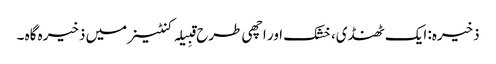
ذخیرہ: ایک ٹھنڈی، خشک اور اچھی طرح قبِیلہ کنٹینر میں ذخیرہ گاہ ۔